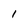
Character: 1